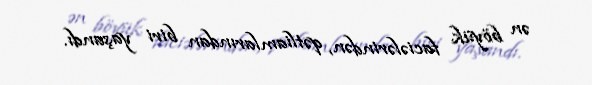
ən böyük faciələrindən, qətliamlarından biri yaşandı.